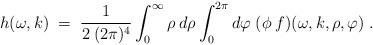
LaTeX: \begin{align*}h(\omega, k) \;=\; \frac{1}{2 \:(2 \pi)^4} \int_0^\infty \rho \:d\rho \int_0^{2 \pi} d\varphi \;(\phi \:f)(\omega, k, \rho, \varphi) \;. \end{align*}